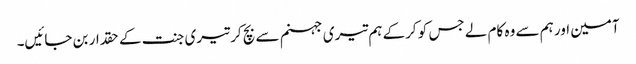
آمین اور ہم سے وہ کام لے جس کو کرکے ہم تیری جہنم سے بچ کر تیری جنت کے حقدار بن جائیں۔